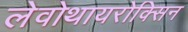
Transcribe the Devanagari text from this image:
लेवोथायरोक्सिन